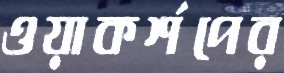
ওয়াকর্শপের